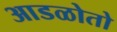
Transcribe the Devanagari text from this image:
आडळोतो